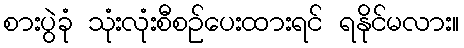
စားပွဲခုံ သုံးလုံးစီစဉ်ပေးထားရင် ရနိုင်မလား။